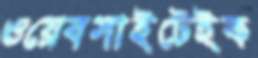
ওয়েবসাইটেইক